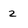
Character: z